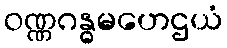
ဝဏ္ဏဂန္ဓမဟေဌယံ